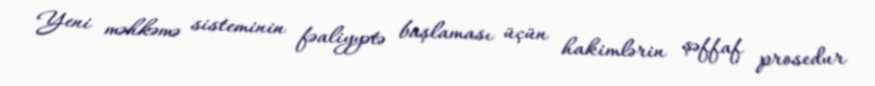
Yeni məhkəmə sisteminin fəaliyyətə başlaması üçün hakimlərin şəffaf prosedur